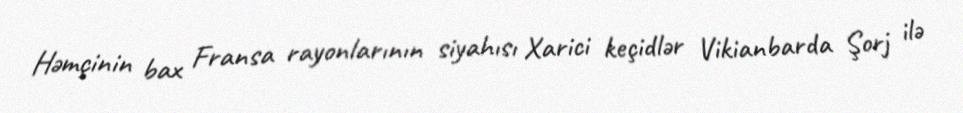
Həmçinin bax Fransa rayonlarının siyahısı Xarici keçidlər Vikianbarda Şorj ilə